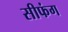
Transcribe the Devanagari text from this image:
सीफंग